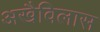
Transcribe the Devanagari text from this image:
अखैविलास